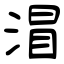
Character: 㴘